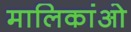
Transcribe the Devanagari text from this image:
मालिकांओ